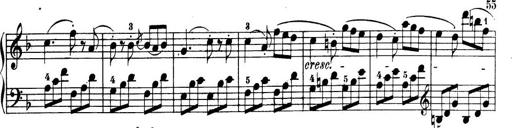
Title: 32 Sonatinas and Rondos for the Piano
Composer: Richard Kleinmichel